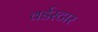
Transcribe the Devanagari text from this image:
वर्डस्‍टार